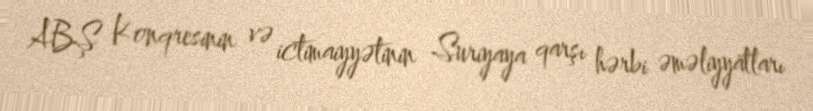
ABŞ Konqresinin və ictimaiyyətinin Suriyaya qarşı hərbi əməliyyatları